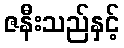
ဇနီးသည်နှင့်